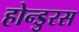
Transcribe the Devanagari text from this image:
होन्डुरस